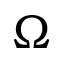
\Omega